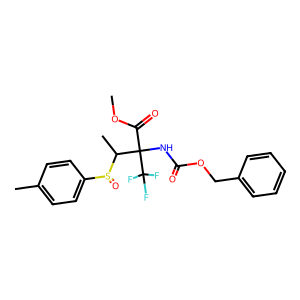
SMILES: COC(=O)C(NC(=O)OCc1ccccc1)(C(C)S(=O)c1ccc(C)cc1)C(F)(F)F
Inhibits HIV replication: No